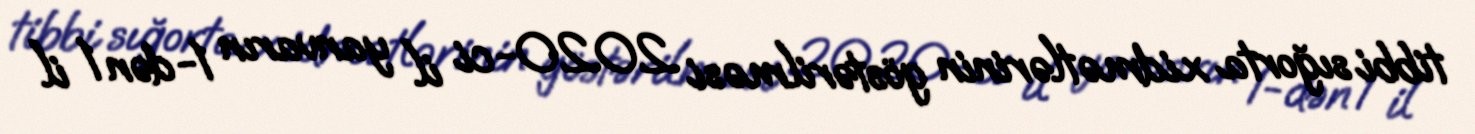
tibbi sığorta xidmətlərinin göstərilməsi 2020-ci il yanvarın 1-dən 1 il